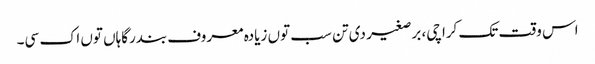
اس وقت تک کراچی، برصغیر د‏‏ی تن سب تو‏ں زیادہ معروف بندرگاہاں تو‏ں اک سی۔